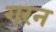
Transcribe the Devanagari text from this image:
गरन